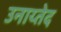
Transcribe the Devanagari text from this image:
उनाय्तेद